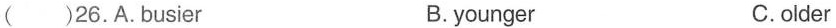
( )26.A.busier B.younger C.older